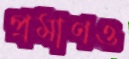
প্রমাণও